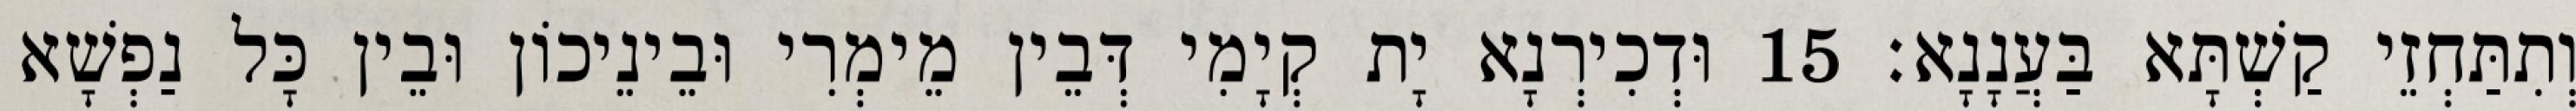
וְתִתַּחְזֵי קַשְׁתָּא בַּעֲנָנָא׃ 15 וּדְכִירְנָא יָת קְיָמִי דְּבֵין מֵימְרִי וּבֵינֵיכוֹן וּבֵין כָּל נַפְשָׁא